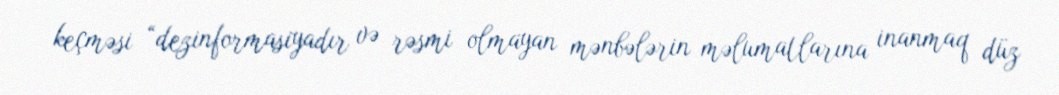
keçməsi “dezinformasiyadır və rəsmi olmayan mənbələrin məlumatlarına inanmaq düz